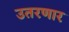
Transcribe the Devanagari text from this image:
उतरणार